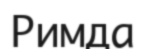
Римда